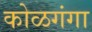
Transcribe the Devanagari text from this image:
कोळगंगा